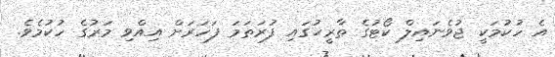
އެ ހުކުމަކީ ޖުވެނައިލް ކޯޓުގެ ތާރީޚުގައި ފުރަތަމަ ފަހަރަށް އިއްވި މަރުގެ ހުކުމެވެ.